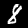
Label: 8